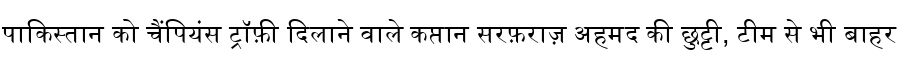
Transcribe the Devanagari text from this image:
पाकिस्तान को चैंपियंस ट्रॉफ़ी दिलाने वाले कप्तान सरफ़राज़ अहमद की छुट्टी, टीम से भी बाहर